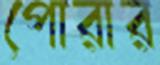
পোরার